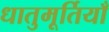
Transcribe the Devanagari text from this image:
धातुमूर्तियाँ